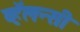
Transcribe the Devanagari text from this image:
व्हॅलन्सी